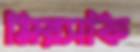
মিরসকি